Leningradi_Edasi_toimetus, lk 43
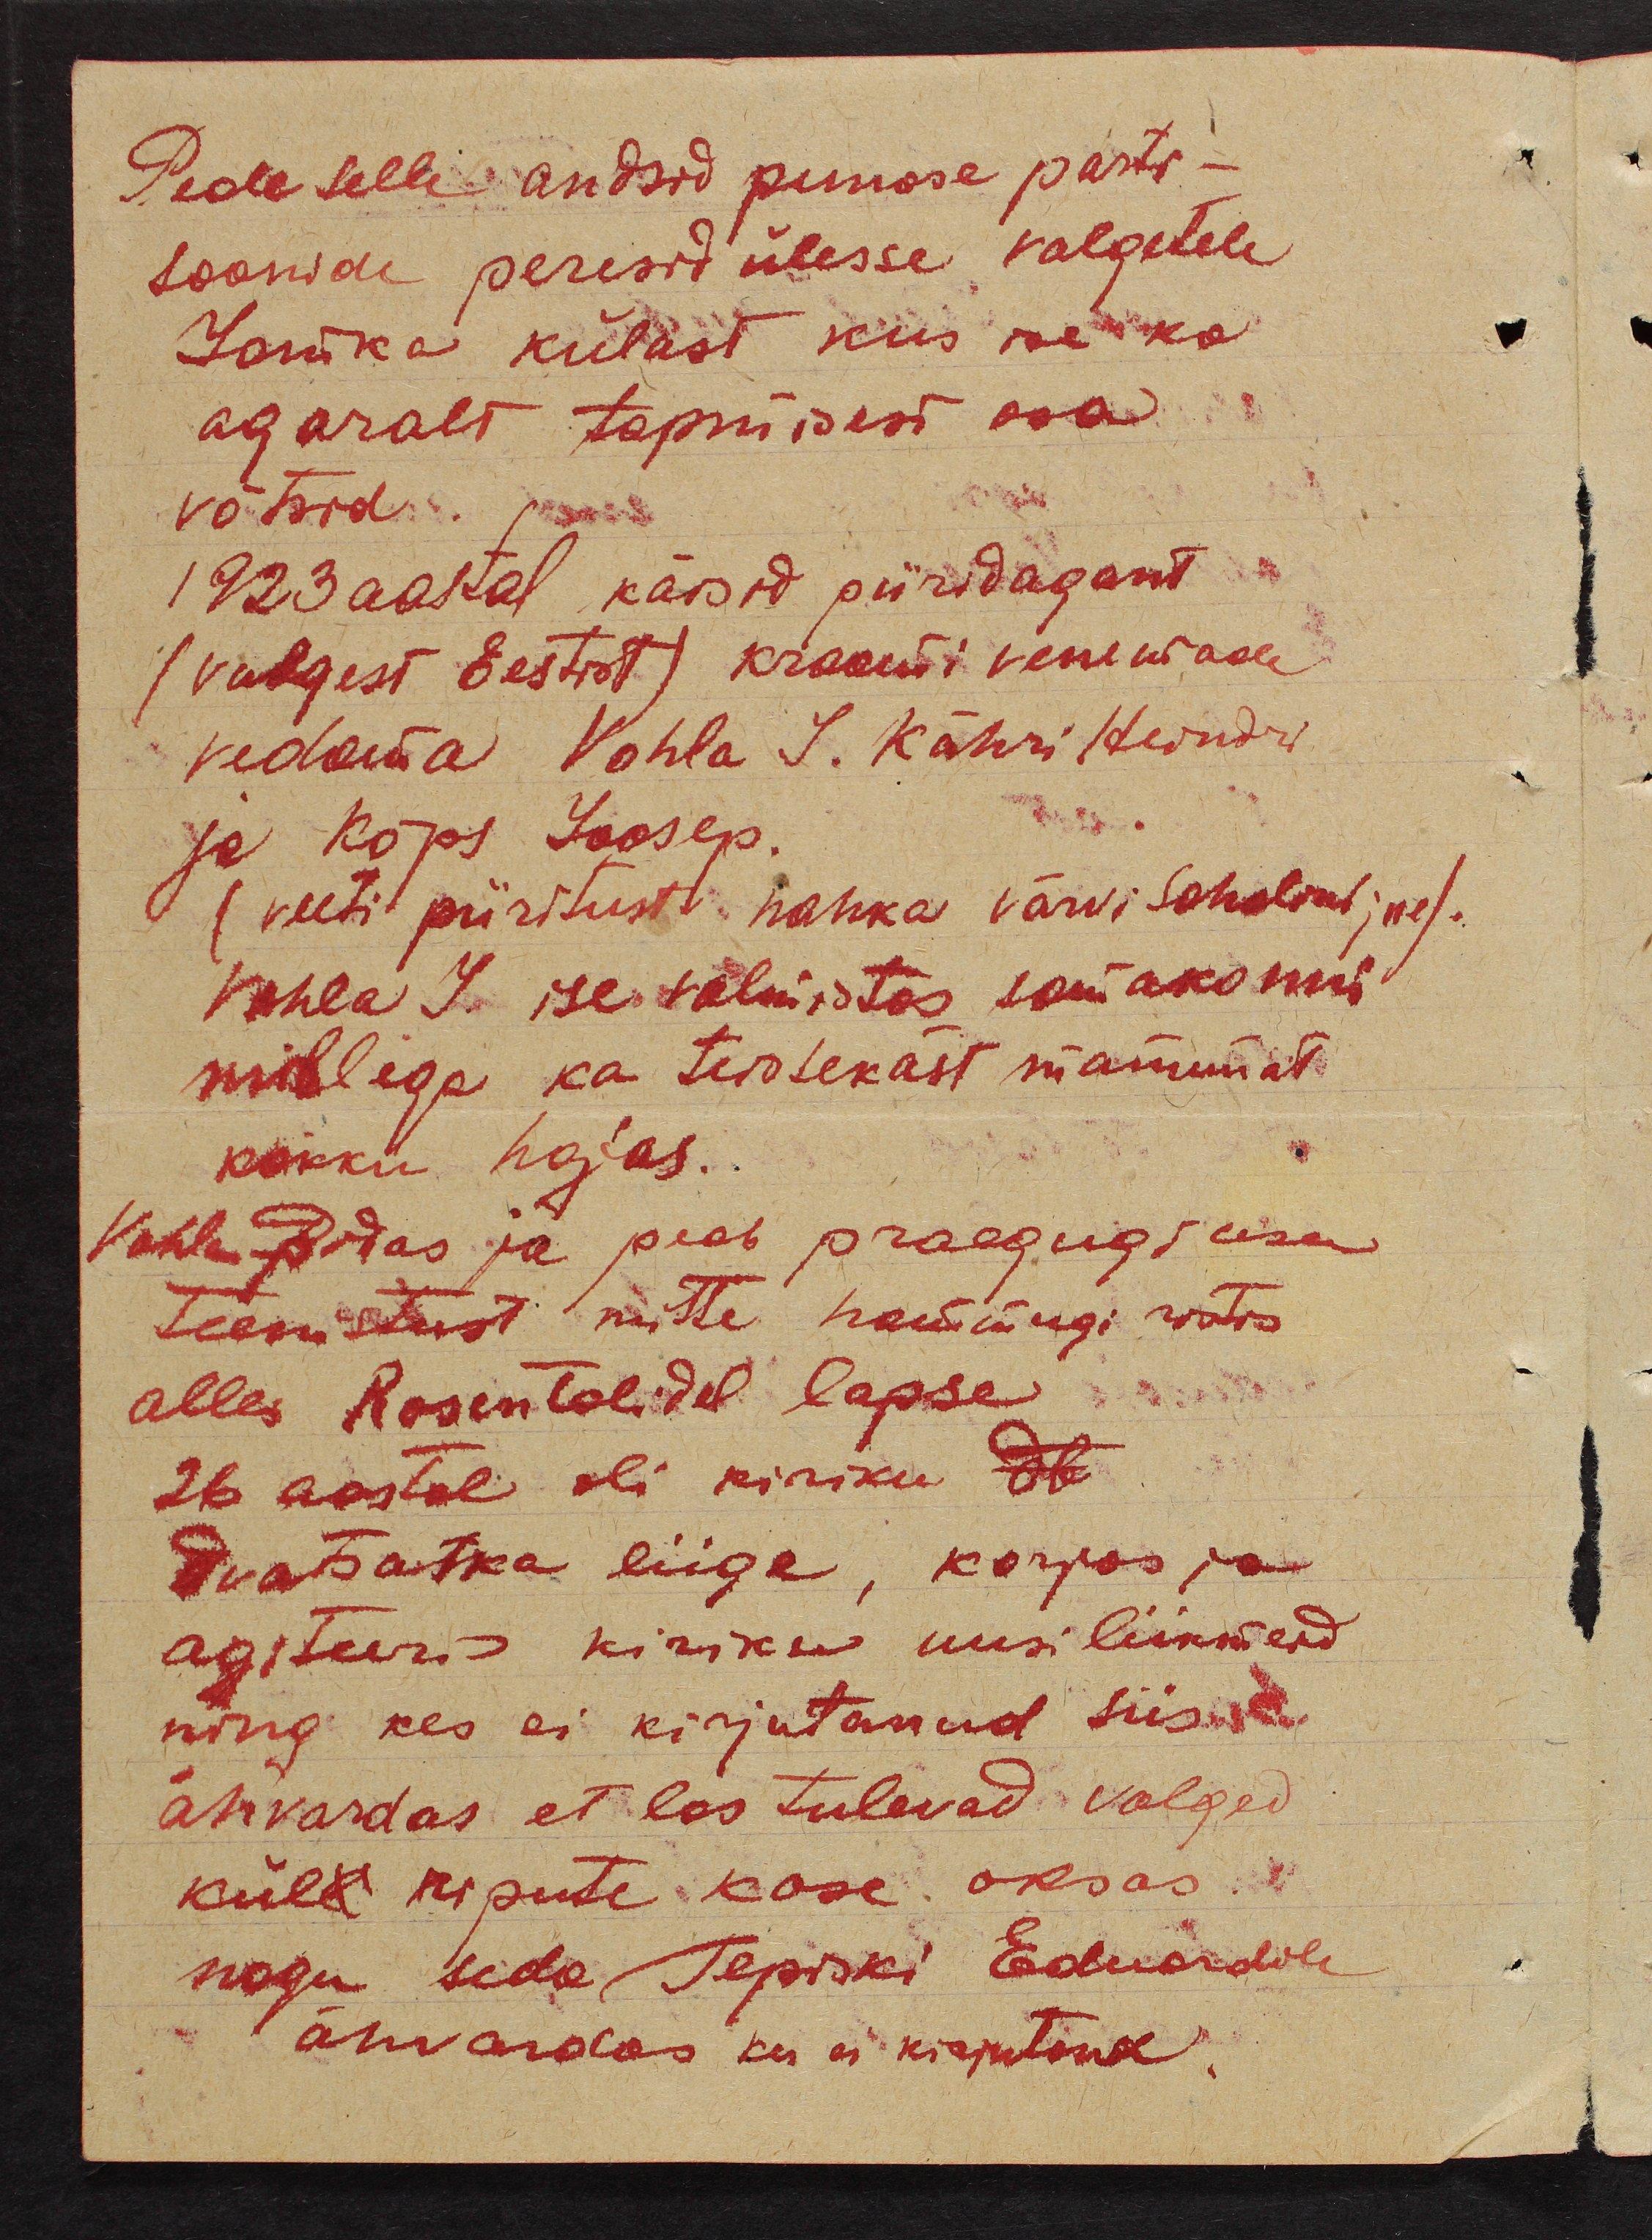
Peale selle andsid punase parti-
saanide peresid ülesse valgetele
Jamka külast kus ise ka
agaralt tapmisest osa
võtsid.
1923 aastal käisid piiridagant
(valgest Eestist) kraami venemaale
vedama Vohla J. Kähri Heindri
ja Kõps Joosep.
(veeti piiritust nahka värvi sahalval jne).
Vohla J. ise valmistas samakonni
millega ka teistekäst mamunat
kokku hajas.
Vohla pidas ja peab praegugi osa
teenistust mitte hammugi wotis
alles Rosentalidel lapse
26 aastal oli kiriku db
dvatsatka liige, korjas ja
agiteeris kiriku uusi liikmeid
ning kes ei kirjutanud siis
ähvardas et las tulevad valged
küll ripute kase oksas.
nagu seda, Tepiski Eduardile
ähvardas kes ei kirjutand.